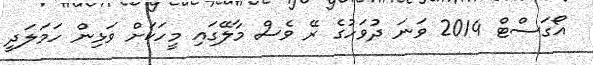
އޯގަސްޓް 2014 ވަނަ ދުވަހުގެ ރޭ ވެސް މާލޭގައި މީހަކަށް ވަޅިން ހަމަލަދީ